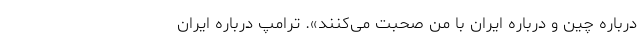
درباره چین و درباره ایران با من صحبت می‌کنند». ترامپ درباره ایران